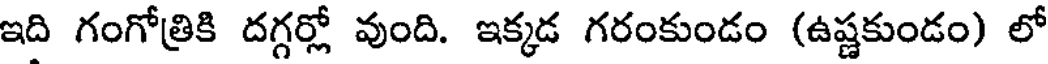
ఇది గంగోత్రికి దగ్గర్లో వుంది. ఇక్కడ గరంకుండం (ఉష్ణకుండం) లో